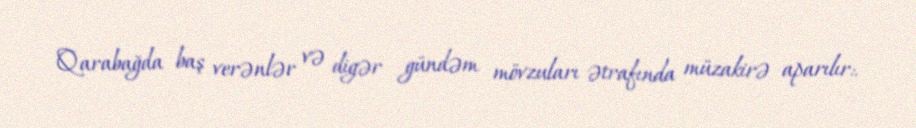
Qarabağda baş verənlər və digər gündəm mövzuları ətrafında müzakirə aparılır:.